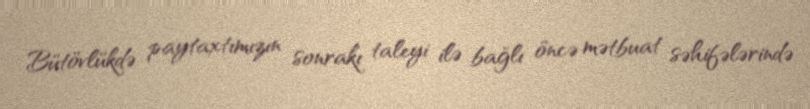
Bütövlükdə paytaxtımızın sonrakı taleyi ilə bağlı öncə mətbuat səhifələrində